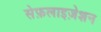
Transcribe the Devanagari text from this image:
सेफ़लाइज़ेशन